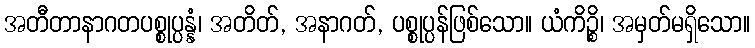
အတီတာနာဂတပစ္စုပ္ပန္နံ၊ အတိတ်, အနာဂတ်, ပစ္စုပ္ပန်ဖြစ်သော။ ယံကိဉ္စိ၊ အမှတ်မရှိသော။